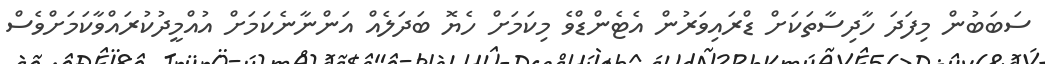
ސަބަބުން މިފަދަ ހާދިސާތަކަށް ޑްރައިވަރުން އެޓެންޑްވެ މިކަމަށް ހެޔޮ ބަދަލެއް އަންނާނެކަމަށް އުއްމީދުކުރައްވާކަމަށްވެސް